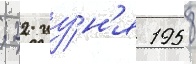
; 22 иу́н'я 1958